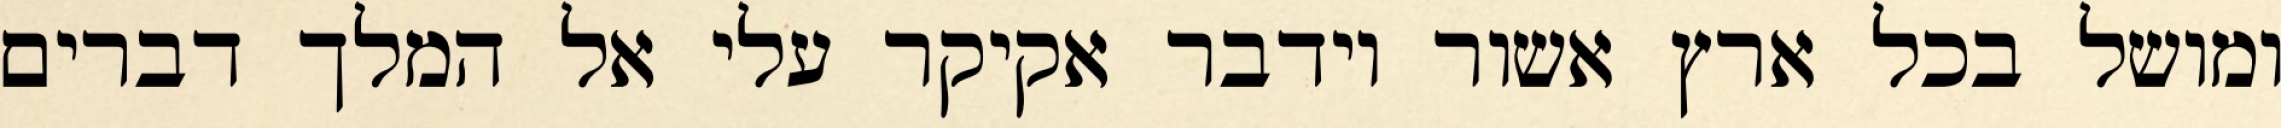
ומושל בכל ארץ אשור וידבר אקיקר עלי אל המלך דברים